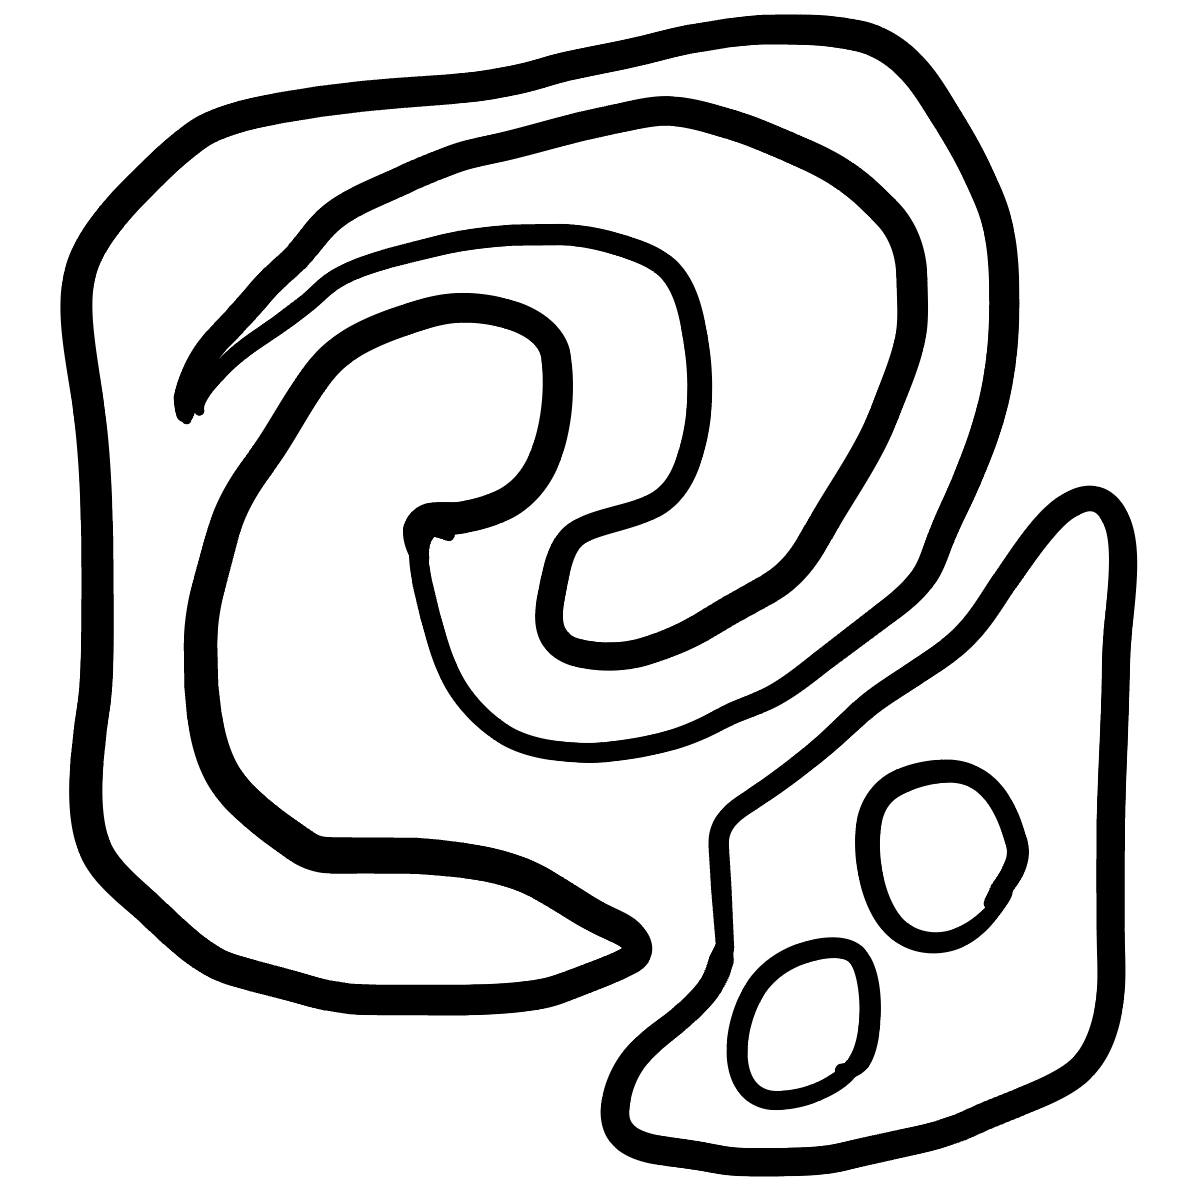
Number of regions (including the outer root region): 6
Containment tree edges (parent, child): 0, 1, 0, 4, 1, 2, 1, 3, 4, 5